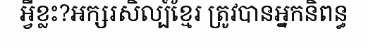
អ្វីខ្លះ?អក្សរសិល្ប៍ខ្មែរ ត្រូវបានអ្នកនិពន្ធ